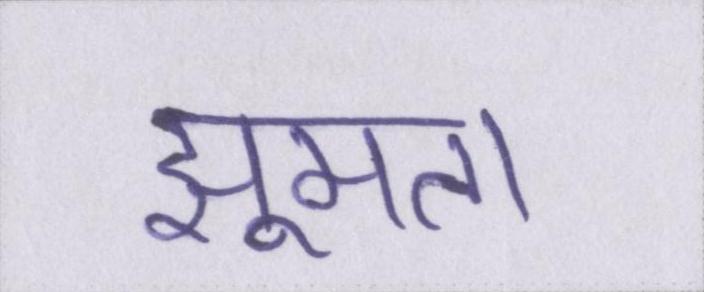
झूमता